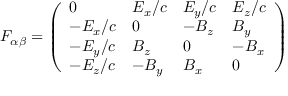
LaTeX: F _ { \alpha \beta } = \left( { \begin{array} { l l l l } { 0 } & { E _ { x } / c } & { E _ { y } / c } & { E _ { z } / c } \\ { - E _ { x } / c } & { 0 } & { - B _ { z } } & { B _ { y } } \\ { - E _ { y } / c } & { B _ { z } } & { 0 } & { - B _ { x } } \\ { - E _ { z } / c } & { - B _ { y } } & { B _ { x } } & { 0 } \end{array} } \right)